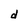
Character: d